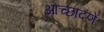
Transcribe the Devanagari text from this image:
आच्छादणें